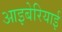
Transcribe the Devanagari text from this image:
आइबेरियाई